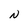
Character: N